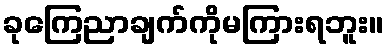
ခုကြေညာချက်ကိုမကြားရဘူး။